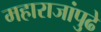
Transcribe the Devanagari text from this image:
महाराजांपुढे